Civil Veterinary Dept. North-West Frontier Province 1901-22 - 1901-1922
Year: 1901
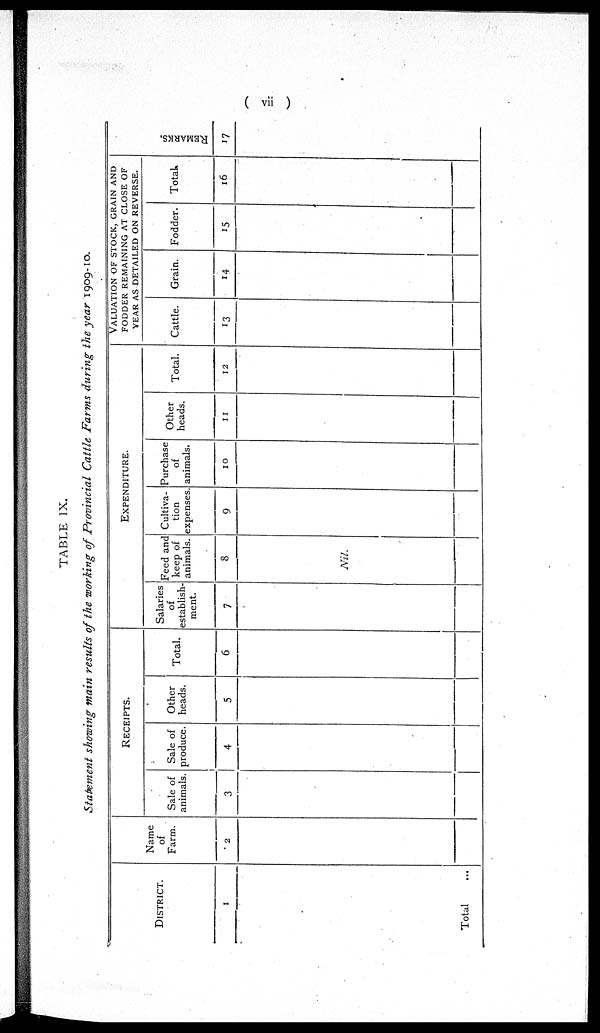
(vii)
TABLE IX.
Statement showing main results of the working of Provincial Cattle Farms during the year 1909-10.
DISTRICT.
1
Total ...
Name
of
Farm.
2
RECEIPTS.
Sale of
animals.
3
Sale of
produce.
4
Other
heads.
5
Total.
6
EXPENDITURE.
Salaries
of
establish-
ment.
7
Feed and
keep of
animals.
8
Nil.
Cultiva-
tion
expenses
9
Purchase
of
animals.
10
Other
heads.
11
Total.
12
VALUATION OF STOCK, GRAIN AND
FODDER REMAINING AT CLOSE OF
YEAR AS DETAILED ON REVERSE.
Cattle.
13
Grain.
14
Fodder.
15
Total.
16
REMARKS.
17